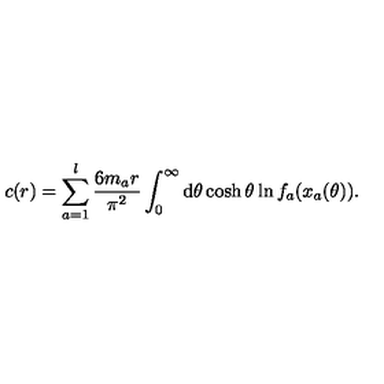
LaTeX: c ( r ) = \sum _ { a = 1 } ^ { l } \frac { 6 m _ { a } r } { \pi ^ { 2 } } \int _ { 0 } ^ { \infty } \mathrm { d } \theta \cosh \theta \ln f _ { a } ( x _ { a } ( \theta ) ) .